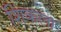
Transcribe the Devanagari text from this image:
शिंकला